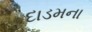
દાડમના